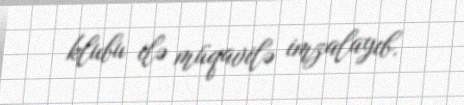
klubu ilə müqavilə imzalayıb.